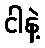
ငါနဲ့